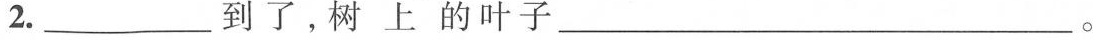
2.___到了，树上的叶子___。